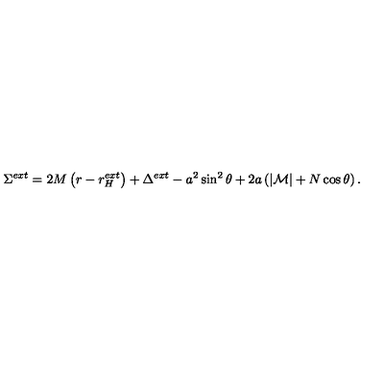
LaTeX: \Sigma ^ { e x t } = 2 M \left( r - r _ { H } ^ { e x t } \right) + \Delta ^ { e x t } - a ^ { 2 } \sin ^ { 2 } \theta + 2 a \left( | { \cal M } | + N \cos \theta \right) .